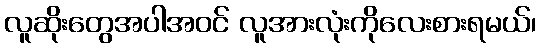
လူဆိုးတွေအပါအဝင် လူအားလုံးကိုလေးစားရမယ်၊